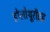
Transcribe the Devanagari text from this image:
होलोथूरॉइड